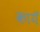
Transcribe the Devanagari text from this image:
कायॅ